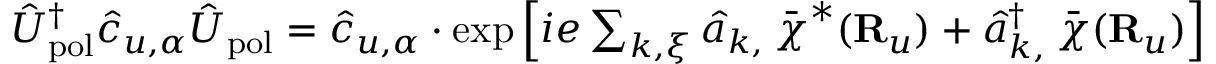
\begin{array} { r } { \hat { U } _ { \mathrm { p o l } } ^ { \dagger } \hat { c } _ { u , \alpha } \hat { U } _ { \mathrm { p o l } } = \hat { c } _ { u , \alpha } \cdot \exp \Big [ { i e \sum _ { { \boldsymbol k } , { \boldsymbol \xi } } \hat { a } _ { { \boldsymbol k } , { \bf \xi } } \bar { \boldsymbol \chi } ^ { * } ( { \bf R } _ { u } ) + \hat { a } _ { { \boldsymbol k } , { \bf \xi } } ^ { \dagger } \bar { \boldsymbol \chi } ( { \bf R } _ { u } ) } \Big ] } \end{array}